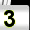
Digit: 3